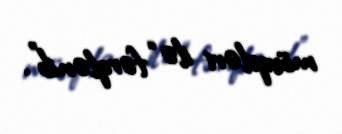
mövqeləri ilə “fərqlənib”.